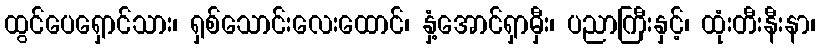
ထွင်ပေရှောင်သား၊ ရှစ်သောင်းလေးထောင်၊ နှံ့အောင်ရှာမှီး၊ ပညာကြီးနှင့်၊ ထုံးတီးနီးနာ၊